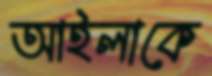
আইলাকে